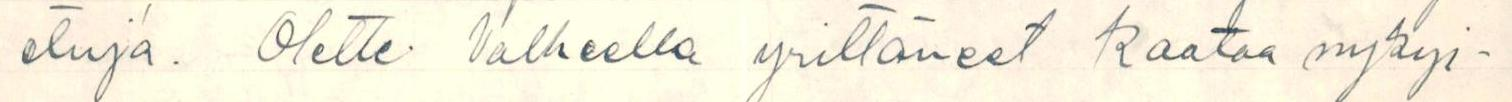
etuja. Olette. Valheella yrittäneet kaataa nykyi-